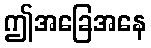
ဤအခြေအနေ